Report of the Indian Hemp Drugs Commission, 1894-1895 - Volume II
Year: 1894
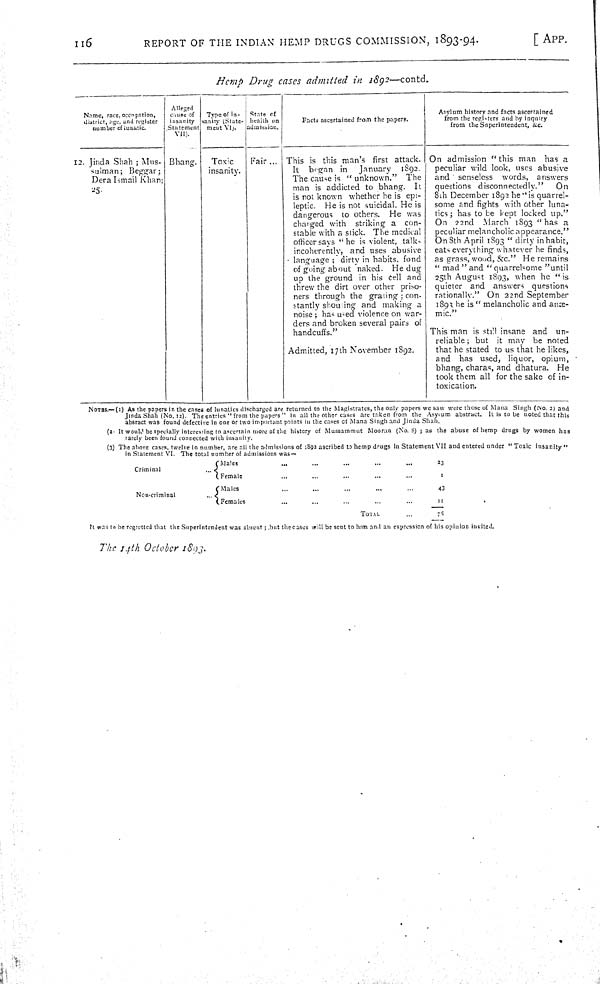
116
REPORT OF THE INDIAN HEMP DRUGS COMMISSION, 1893-94.
[APP.
Hemp
Drug
cases
admitted
in
1892—contd.
Name, race, occupation,
district, age, and register
number of lunatic.
Alleged
cause, of
insanity
Statement
VII).
Type of in-
sanity (State-
ment VI).
State of
health on
admission.
Facts ascertained from the papers.
Asylum history and facts ascertained
from the registers and by inquiry
from the Superintendent, &c.
12. Jinda Shah ; Mus-
sulman; Beggar;
Dera Ismail Khan;
Bhang.
Toxic
insanity.
Fair ... This is this man's first attack.
It began in January 1892.
The cause is "unknown." The
man is addicted to bhang. It
is not known whether he is epi-
leptic. He is not suicidal. He is
dangerous to others. He was
charged with striking a con-
stable with a stick. The medical
officer says "he is violent, talks
incoherently, and uses abusive
language ; dirty in habits, fond
of going about naked. He dug
up the ground in his cell and
threw the dirt over other priso-
ners through the grating ; con-
stantly showing and making a
noise; has used violence on war-
ders and broken several pairs of
handcuffs."
Admitted, 17th November 1892.
On admission "this man has a
peculiar wild look, uses abusive
and senseless words, answers
questions disconnectedly."
On
8th December 1892 he "is quarrel-
some and fights with other luna-
tics; has to be kept locked up."
On 22nd March 1893 "has a
peculiar melancholic appearance."
On 8th April 1893 "dirty in habit,
eats everything whatever he finds,
as grass, wood, &c." He remains
"mad" and "quarrelsome "until
25th August 1893, when he "is
quieter and answers questions
rationally." On 22nd September
1893 he is "melancholic and an--
mic."
This man is still insane and un-
reliable ; but it may be noted
that he stated to us that he likes,
and has used, liquor, opium,
bhang, charas and dhatura. He
took them all for the sake of in-
toxication.
NOTES.—(1) As the papers in the cases of lunatics discharged are returned to the Magistrates, the only papers we saw were those of Mana Singh (No. 2) and
Jinda Shah (No. 12). The entries "from the papers" in all the other cases are taken from the Asylum abstract. It is to be noted that this
absract was found defective in one or two important points in the cases of Mana Singh and Jinda Shah.
(2) It would be specially interesting to ascertain more of the history of Mussammut Mooran (No. 8); as the abuse of hemp drugs by women has
rarely been found connected with insanity.
(3) The above cases, twelve in number, are all the admissions of 1892 ascribed to hemp drugs in Statement VII and entered under "Toxic insanity"
in Statement VI. The total number of admissions was—
Criminal
Males
23
Criminal
Female
1
Non-criminal
Males
43
Non-criminal
Females
11
TOTAL
78
It was to be regretted that the Superintendent was absent; but the cases will be sent to him and an expression of his opinion invited.
The
14th
October
1893.